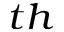
^ { t h }